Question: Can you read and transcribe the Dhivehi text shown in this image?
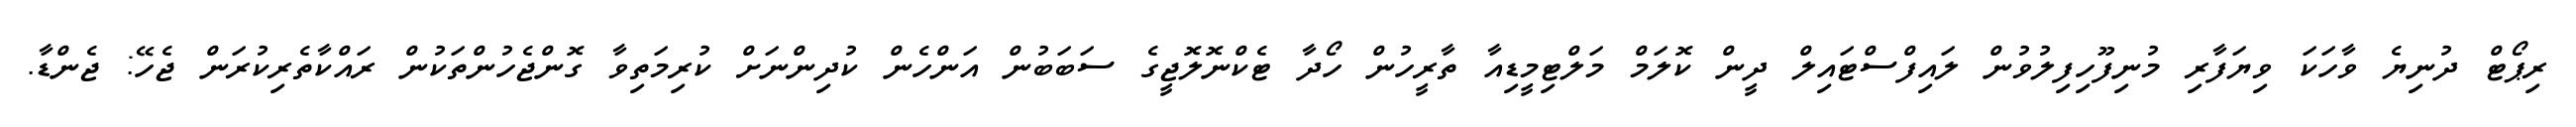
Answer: ރިޕޯޓް ދުނިޔެ ވާހަކަ ވިޔަފާރި މުނިފޫހިފިލުވުން ލައިފްސްޓައިލް ދީން ކޮލަމް މަލްޓިމީޑިއާ ތާރީހުން ހޯދާ ޓެކްނޮލޮޖީގެ ސަބަބުން އަންހެން ކުދިންނަށް ކުރިމަތިވާ ގޮންޖެހުންތަކުން ރައްކާތެރިކުރަން ޖެހޭ: ޖެންޑާ.